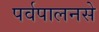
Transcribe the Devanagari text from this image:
पर्वपालनसे